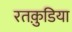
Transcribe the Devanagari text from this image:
रतकुडि़या